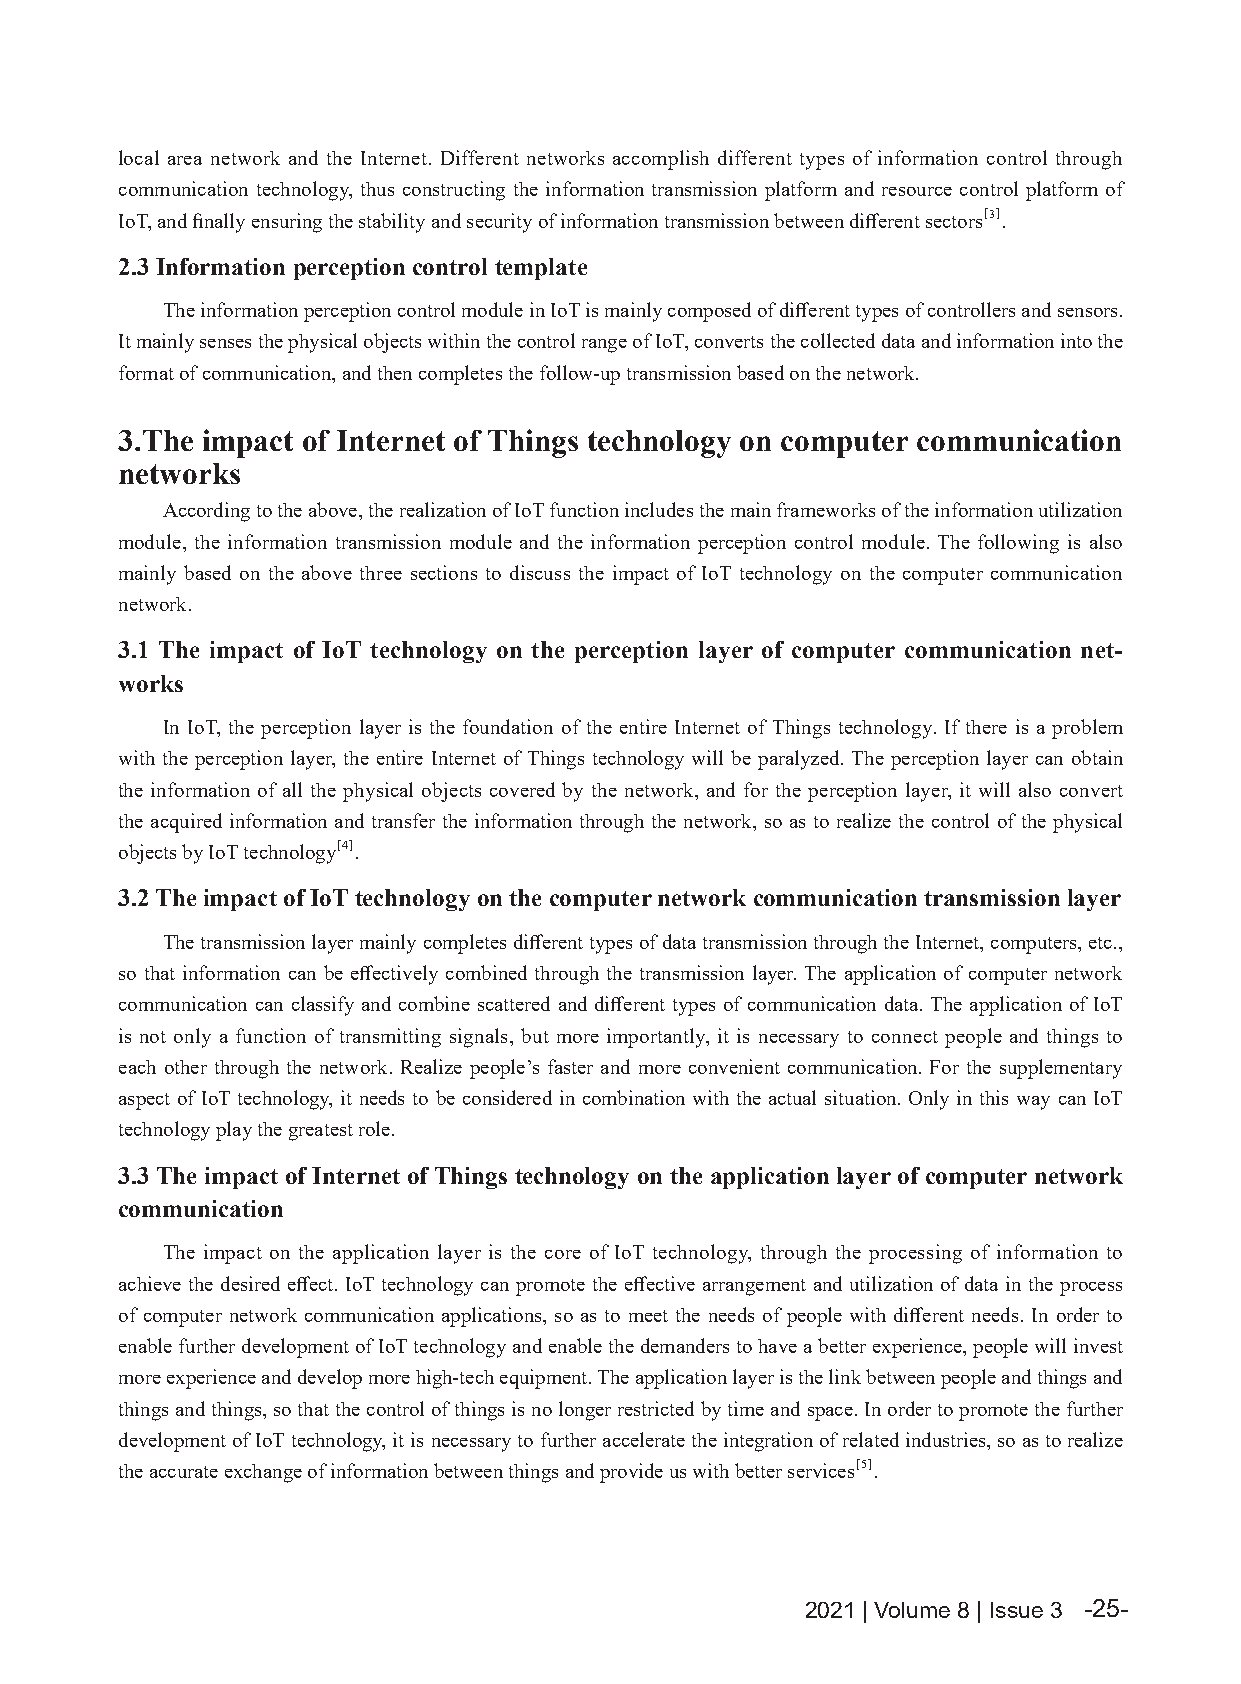
local area network and the Internet. Different networks accomplish different types of information control through
 communication technology, thus constructing the information transmission platform and resource control platform of
 IoT, and finally ensuring the stability and security of information transmission between different sectors[3].
 2.3 Information perception control template
 The information perception control module in IoT is mainly composed of different types of controllers and sensors.
 It mainly senses the physical objects within the control range of IoT, converts the collected data and information into the
 format of communication, and then completes the follow-up transmission based on the network.
 3.The impact of Internet of Things technology on computer communication
 networks
 According to the above, the realization of IoT function includes the main frameworks of the information utilization
 module, the information transmission module and the information perception control module. The following is also
 mainly based on the above three sections to discuss the impact of IoT technology on the computer communication
 network.
 3.1 The impact of IoT technology on the perception layer of computer communication net-
 works
 In IoT, the perception layer is the foundation of the entire Internet of Things technology. If there is a problem
 with the perception layer, the entire Internet of Things technology will be paralyzed. The perception layer can obtain
 the information of all the physical objects covered by the network, and for the perception layer, it will also convert
 the acquired information and transfer the information through the network, so as to realize the control of the physical
 objects by IoT technology[4].
 3.2 The impact of IoT technology on the computer network communication transmission layer
 The transmission layer mainly completes different types of data transmission through the Internet, computers, etc.,
 so that information can be effectively combined through the transmission layer. The application of computer network
 communication can classify and combine scattered and different types of communication data. The application of IoT
 is not only a function of transmitting signals, but more importantly, it is necessary to connect people and things to
 each other through the network. Realize people’s faster and more convenient communication. For the supplementary
 aspect of IoT technology, it needs to be considered in combination with the actual situation. Only in this way can IoT
 technology play the greatest role.
 3.3 The impact of Internet of Things technology on the application layer of computer network
 communication
 The impact on the application layer is the core of IoT technology, through the processing of information to
 achieve the desired effect. IoT technology can promote the effective arrangement and utilization of data in the process
 of computer network communication applications, so as to meet the needs of people with different needs. In order to
 enable further development of IoT technology and enable the demanders to have a better experience, people will invest
 more experience and develop more high-tech equipment. The application layer is the link between people and things and
 things and things, so that the control of things is no longer restricted by time and space. In order to promote the further
 development of IoT technology, it is necessary to further accelerate the integration of related industries, so as to realize
 the accurate exchange of information between things and provide us with better services[5].
 2021 | Volume 8 | Issue 3 -25-